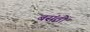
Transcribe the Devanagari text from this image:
बसंतो